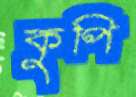
কুপি